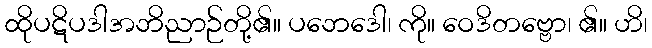
ထိုပဋိပဒါအဘိညာဉ်တို့၏။ ပဘေဒေါ၊ ကို။ ဝေဒိတဗ္ဗော၊ ၏။ ဟိ၊